Annual report of the Punjab Veterinary College and of the Civil Veterinary Department, Punjab - 1926-1932
Year: 1926
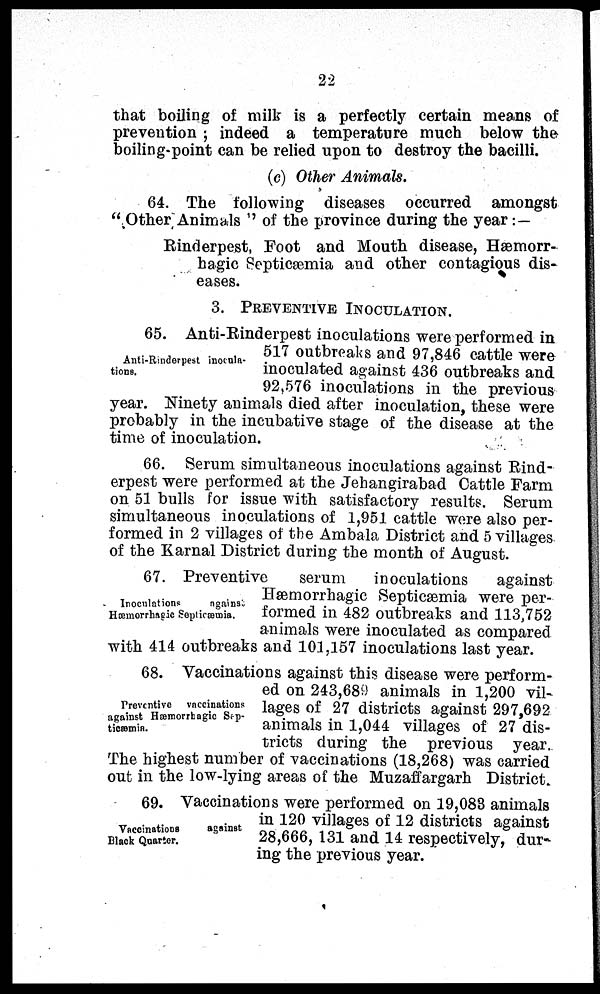
22
that boiling of milk is a perfectly certain means of
prevention; indeed a temperature much below the
boiling-point can be relied upon to destroy the bacilli.
(c) Other Animals.
64. The following diseases occurred amongst
"Other Animals" of the province during the year:—
Rinderpest, Foot and Mouth disease, Hæmorr-
hagic Septicæmia and other contagious dis-
eases.
3. PREVENTIVE INOCULATION.
Anti-Rinderpest inocula-
tions.
65. Anti-Rinderpest inoculations were performed in
517 outbreaks and 97,846 cattle were
inoculated against 436 outbreaks and
92,576 inoculations in the previous
year. Ninety animals died after inoculation, these were
probably in the incubative stage of the disease at the
time of inoculation.
66. Serum simultaneous inoculations against Rind-
erpest were performed at the Jehangirabad Cattle Farm
on 51 bulls for issue with satisfactory results. Serum
simultaneous inoculations of 1,951 cattle were also per-
formed in 2 villages of the Ambala District and 5 villages
of the Karnal District during the month of August.
Inoculations
against
Hæmorrhagic Septicæmia.
67. Preventive
serum
inoculations
against
Hæmorrhagic Septicæmia were per-
formed in 482 outbreaks and 113,752
animals were inoculated as compared
with 414 outbreaks and 101,157 inoculations last year.
Preventive
vaccinations
against Hæmorrhagic Sep-
ticæmia.
68. Vaccinations against this disease were perform-
ed on 243,689 animals in 1,200 vil-
lages of 27 districts against 297,692
animals in 1,044 villages of 27 dis-
tricts during the previous year.
The highest number of vaccinations (18,268) was carried
out in the low-lying areas of the Muzaffargarh District.
Vaccinations
against
Black Quarter.
69. Vaccinations were performed on 19,083 animals
in 120 villages of 12 districts against
28,666, 131 and 14 respectively, dur-
ing the previous year.